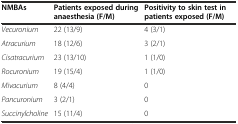
| NMBAs | Patients exposed during anaesthesia (F/M) | Positivity to skin test in patients exposed (F/M) |
 | --- | --- | --- |
 | Vecuronium | 22 (13/9) | 4 (3/1) |
 | Atracurium | 18 (12/6) | 3 (2/1) |
 | Cisatracurium | 23 (13/10) | 1 (1/0) |
 | Rocuronium | 19 (15/4) | 1 (1/0) |
 | Mivacurium | 8 (4/4) | 0 |
 | Pancuronium | 3 (2/1) | 0 |
 | Succinylcholine | 15 (11/4) | 0 |